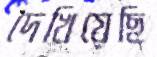
দেখিয়েছি